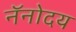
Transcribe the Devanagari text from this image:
नॅनोदय